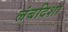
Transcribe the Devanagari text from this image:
लंबदिशा